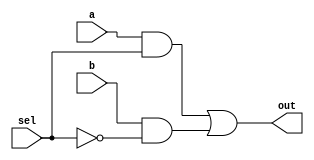
//Dataflow description of 2-to-1-line multiplexer
module mux2to1_DF(
            a,b,sel,
            out
            );
            
input a,b,sel;
output out;

assign out = (a&sel) |(b&(~sel));    //out = sel ? a : b;    

endmodule